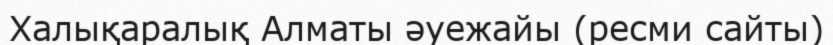
Халықаралық Алматы әуежайы (ресми сайты)